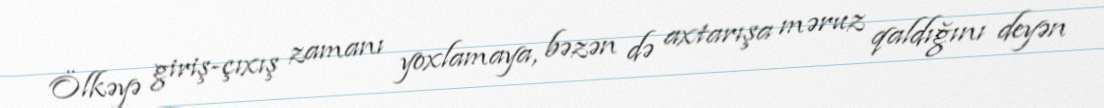
Ölkəyə giriş-çıxış zamanı yoxlamaya, bəzən də axtarışa məruz qaldığını deyən